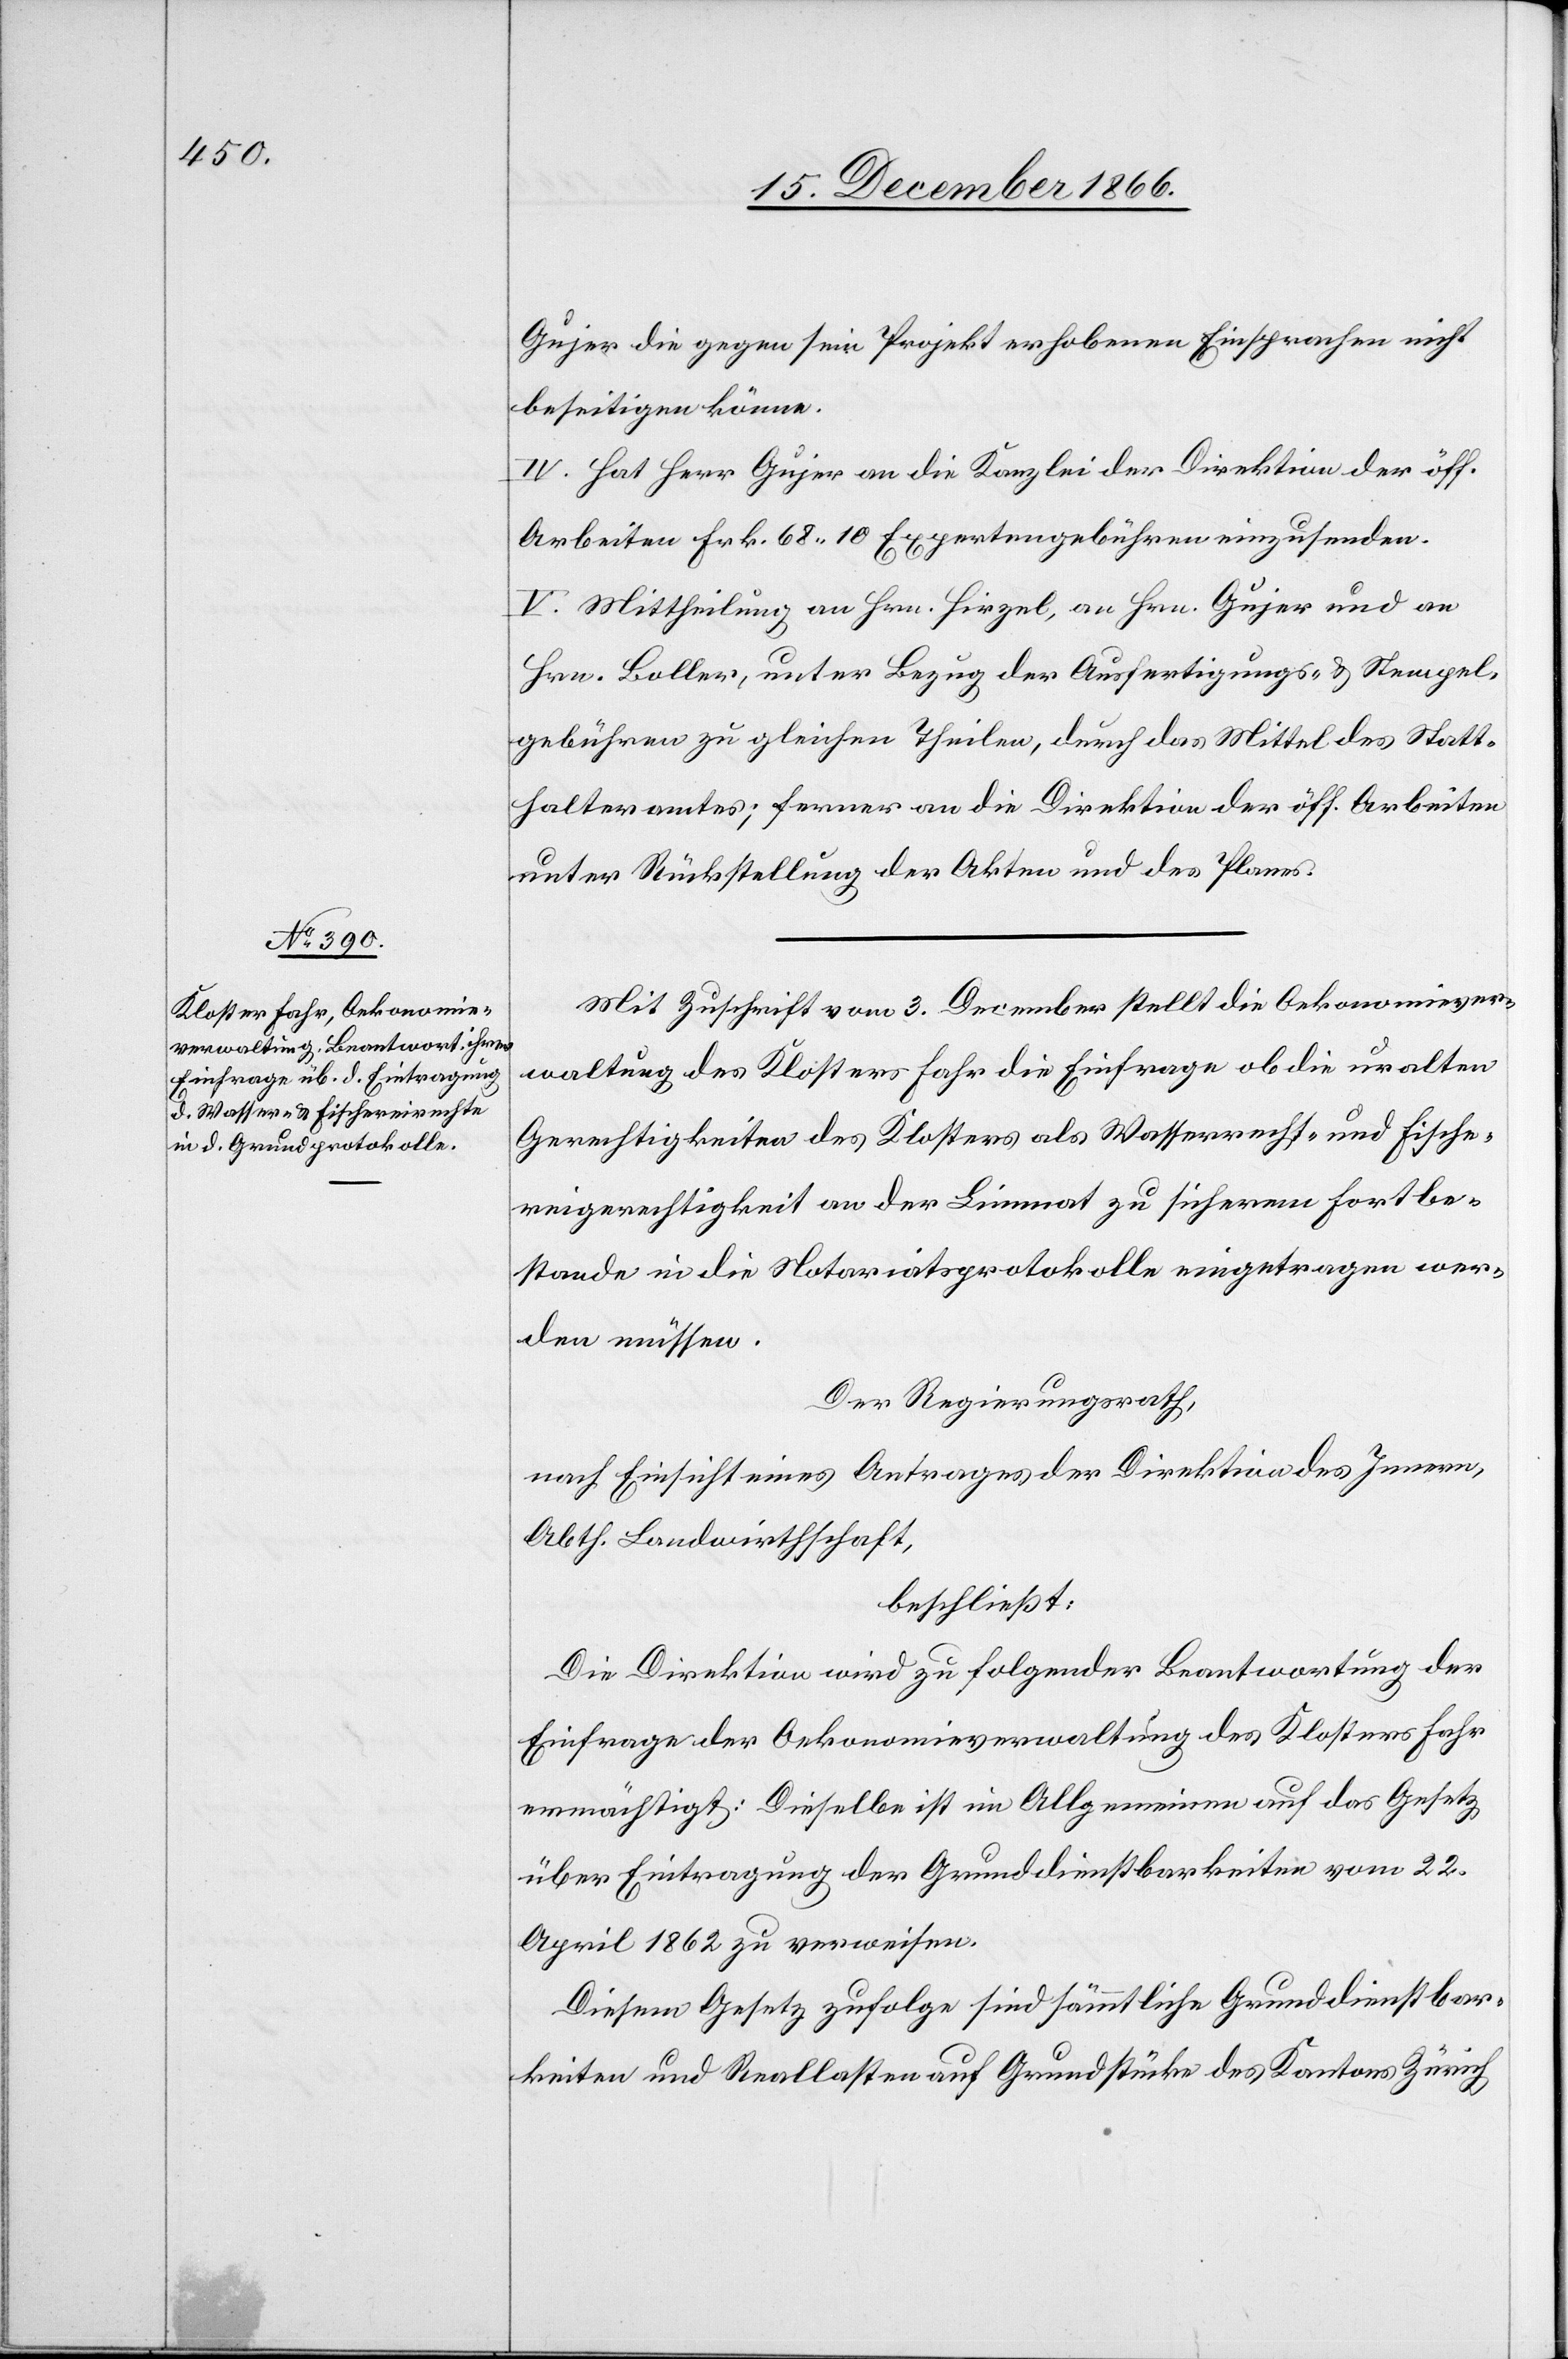
Mit Zuschrift vom 3. December stellt die Oekonomiever¬
waltung des Klosters Fahr die Einfrage, ob die uralten
Gerechtigkeiten des Klosters als Wasserrecht- und Fische¬
reigerechtigkeit an der Limmat zu sicherem Fortbe¬
stande in die Notariatsprotokolle eingetragen wer¬
den müssen.
Der Regierungsrath,
nach Einsicht eines Antrages der Direktion des Innern,
Abth. Landwirthschaft,
beschließt:
Die Direktion wird zu folgender Beantwortung der
Einfrage der Oekonomieverwaltung des Klosters Fahr
ermächtigt: Dieselbe ist im Allgemeinen auf das Gesetz
über Eintragung der Grunddienstbarkeiten vom 22.
April 1862 zu verweisen.
Diesem Gesetz zufolge sind sämmtliche Grunddienstbar¬
keiten und Reallasten auf Grundstücke des Kantons Zürich